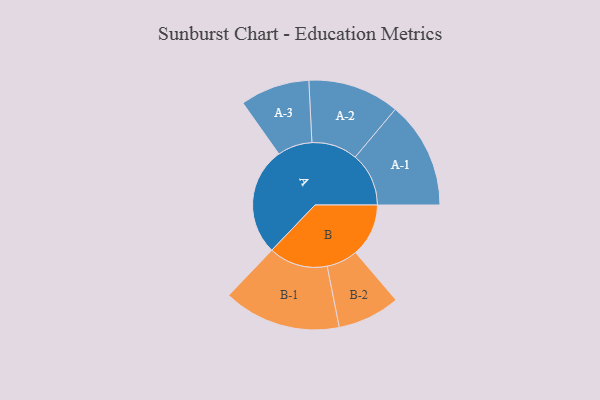
{"axis": {"x": "Segment", "y": "Value"}, "legend": ["", "A", "B"], "data": [{"x": "A", "y": 408, "type": ""}, {"x": "B", "y": 200, "type": ""}, {"x": "A-1", "y": 202, "type": "A"}, {"x": "A-2", "y": 173, "type": "A"}, {"x": "A-3", "y": 131, "type": "A"}, {"x": "B-1", "y": 222, "type": "B"}, {"x": "B-2", "y": 118, "type": "B"}]}